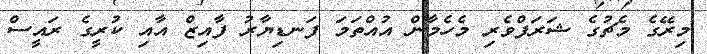
މިރޭގެ މެޗުގެ ޝަރަފްވެރި މެެހެމާން އުއްތަމަ ފަނޑިޔާރު ފާއިޒް އާއި ކުރީގެ ރައީސް